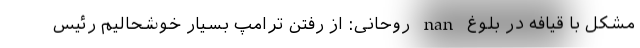
مشکل با قیافه در بلوغ nan روحانی: از رفتن ترامپ بسیار خوشحالیم رئیس